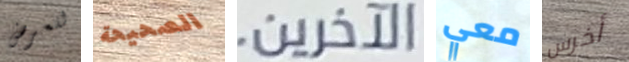
للعرض الصحيحة الآخرين. معي أخرس